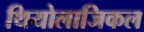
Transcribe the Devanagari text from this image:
थियोलाजिकल